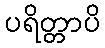
ပရိတ္တာပိ